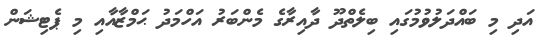
އަދި މި ބައްދަލުވުމުގައި ބިލެތްދޫ ދާއިރާގެ މެންބަރު އަހްމަދު ޙަމްޒާއާއި މި ޕެޓިޝަން